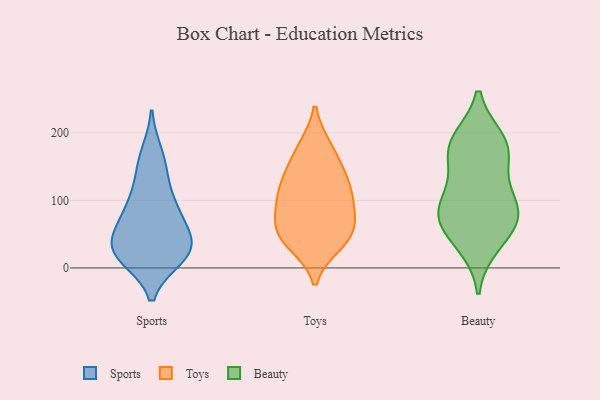
{"axis": {"x": "Population (Million)", "y": "Value"}, "legend": ["Beauty", "Sports", "Toys"], "data": [{"x": "", "y": 153, "type": "Sports"}, {"x": "", "y": 16, "type": "Sports"}, {"x": "", "y": 47, "type": "Sports"}, {"x": "", "y": 96, "type": "Sports"}, {"x": "", "y": 86, "type": "Sports"}, {"x": "", "y": 61, "type": "Sports"}, {"x": "", "y": 21, "type": "Sports"}, {"x": "", "y": 169, "type": "Sports"}, {"x": "", "y": 73, "type": "Sports"}, {"x": "", "y": 32, "type": "Sports"}, {"x": "", "y": 23, "type": "Sports"}, {"x": "", "y": 25, "type": "Sports"}, {"x": "", "y": 122, "type": "Sports"}, {"x": "", "y": 22, "type": "Sports"}, {"x": "", "y": 107, "type": "Toys"}, {"x": "", "y": 137, "type": "Toys"}, {"x": "", "y": 98, "type": "Toys"}, {"x": "", "y": 107, "type": "Toys"}, {"x": "", "y": 51, "type": "Toys"}, {"x": "", "y": 60, "type": "Toys"}, {"x": "", "y": 40, "type": "Toys"}, {"x": "", "y": 138, "type": "Toys"}, {"x": "", "y": 136, "type": "Toys"}, {"x": "", "y": 35, "type": "Toys"}, {"x": "", "y": 179, "type": "Toys"}, {"x": "", "y": 42, "type": "Toys"}, {"x": "", "y": 179, "type": "Toys"}, {"x": "", "y": 80, "type": "Toys"}, {"x": "", "y": 76, "type": "Toys"}, {"x": "", "y": 75, "type": "Beauty"}, {"x": "", "y": 168, "type": "Beauty"}, {"x": "", "y": 35, "type": "Beauty"}, {"x": "", "y": 120, "type": "Beauty"}, {"x": "", "y": 85, "type": "Beauty"}, {"x": "", "y": 86, "type": "Beauty"}, {"x": "", "y": 188, "type": "Beauty"}, {"x": "", "y": 175, "type": "Beauty"}, {"x": "", "y": 184, "type": "Beauty"}, {"x": "", "y": 52, "type": "Beauty"}, {"x": "", "y": 85, "type": "Beauty"}]}